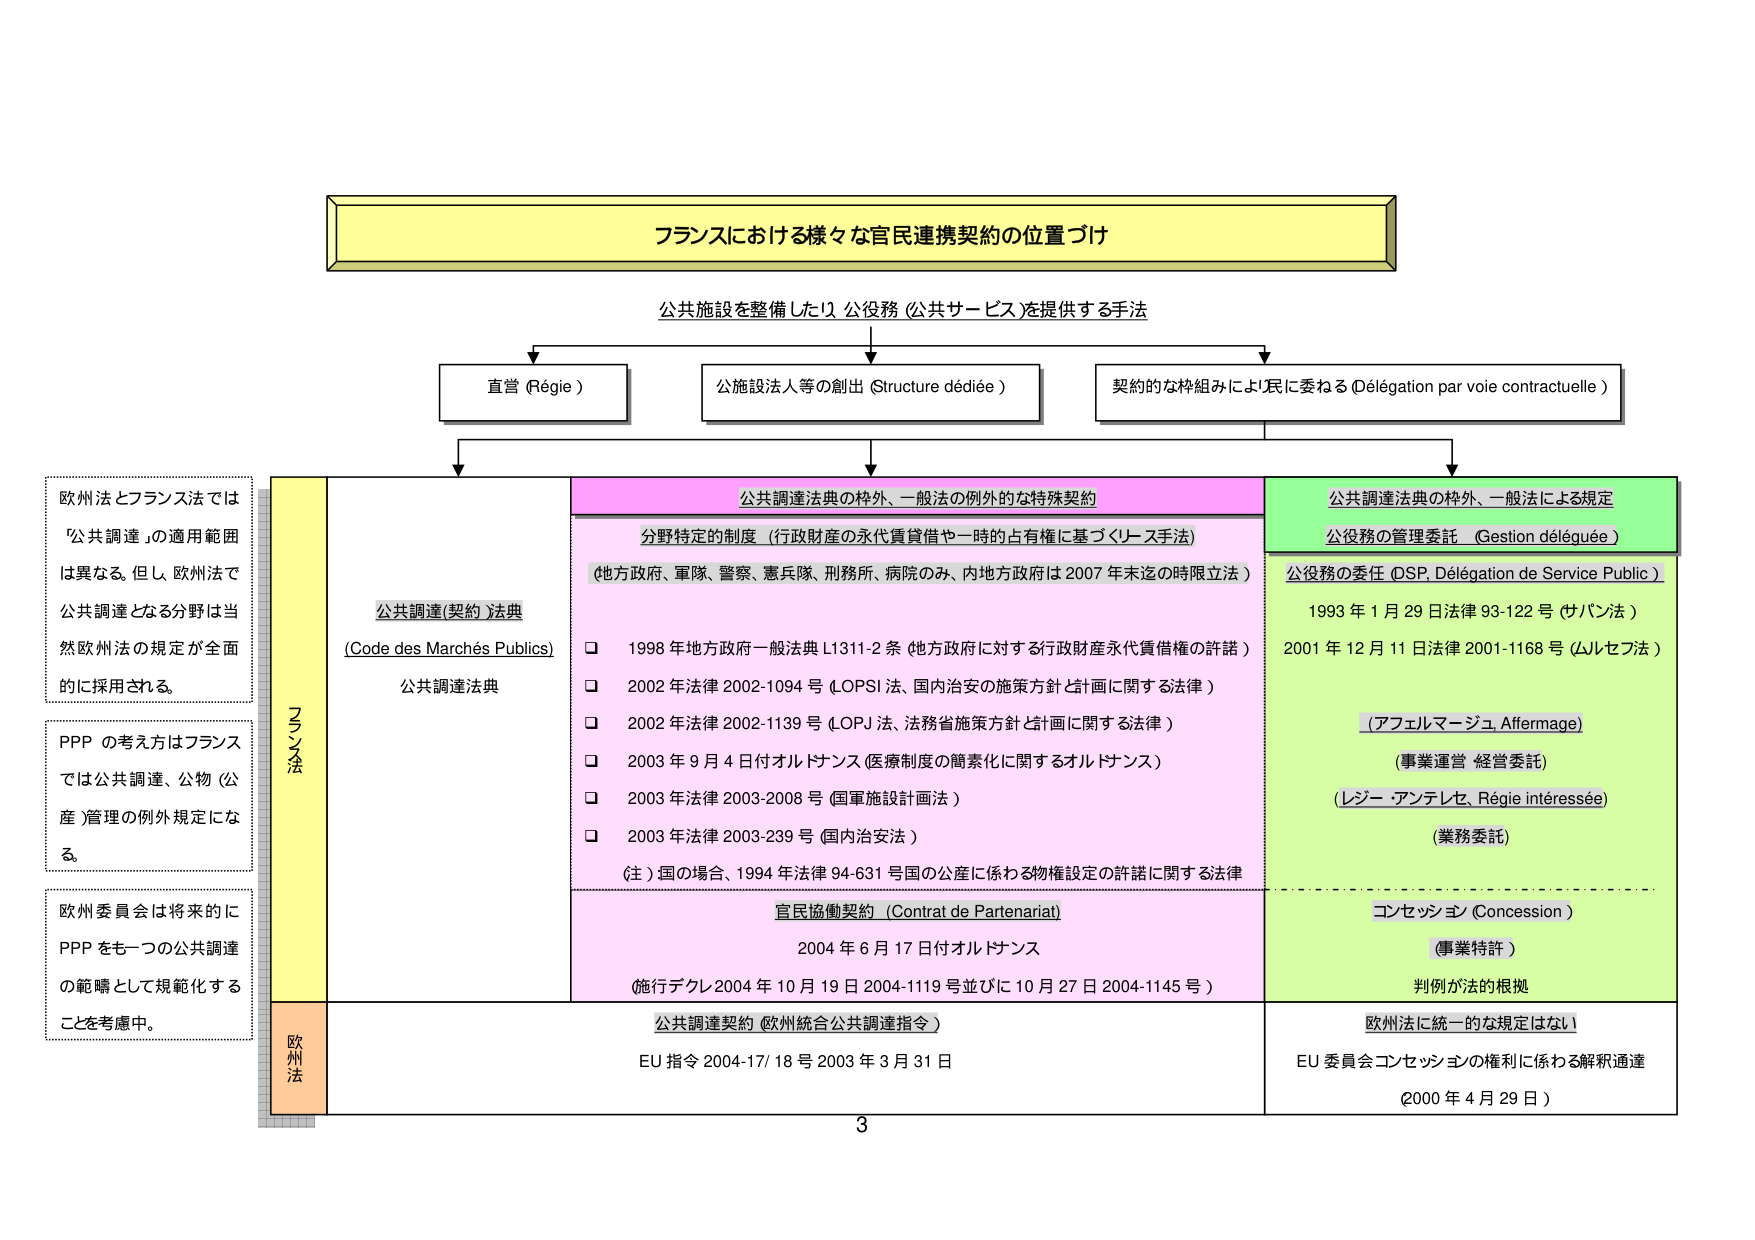
フランスにおける様々な官民連携契約の位置づけ

公共施設を整備したり 公役務 (公共サービス)を提供する手法

直営 (Régie)
公施設法人等の創出 (Structure dédiée)
契約的な枠組みにより民に委ねる (Délégation par voie contractuelle)

欧州法とフランス法では
「公共調達」の適用範囲
は異なる。但し、欧州法で
公共調達となる分野は当
然欧州法の規定が全面
的に採用される。

PPP の考え方はフランス
では公共調達、公物 (公
産)管理の例外規定にな
る。

欧州委員会は将来的に
PPP をも一つの公共調達
の範疇として規範化する
ことを考慮中。

フランス法

公共調達(契約)法典
(Code des Marchés Publics)
公共調達法典

公共調達法典の枠外、一般法の例外的な特殊契約

分野特定の制度 (行政財産の永代賃貸借や一時的占有権に基づくリース手法)
(地方政府、軍隊、警察、憲兵隊、刑務所、病院のみ、内地方政府は 2007 年末迄の時限立法)

□ 1998 年地方政府一般法典 L1311-2 条 (地方政府に対する行政財産永代賃借権の許諾)
□ 2002 年法律 2002-1094 号 (LOPSI 法、国内治安の施策方針と計画に関する法律)
□ 2002 年法律 2002-1139 号 (LOPJ 法、法務省施策方針と計画に関する法律)
□ 2003 年 9 月 4 日付オルドナンス (医療制度の簡素化に関するオルドナンス)
□ 2003 年法律 2003-2008 号 (国軍施設計画法)
□ 2003 年法律 2003-239 号 (国内治安法)

(注) 国の場合、1994 年法律 94-631 号国の公産に係わる物権設定の許諾に関する法律

官民協働契約 (Contrat de Partenariat)
2004 年 6 月 17 日付オルドナンス
(施行デクレ 2004 年 10 月 19 日 2004-1119 号並びに 10 月 27 日 2004-1145 号)

公共調達法典の枠外、一般法による規定

公役務の管理委託 (Gestion déléguée)
公役務の委任 (DSP, Délégation de Service Public)
1993 年 1 月 29 日法律 93-122 号 (サバン法)
2001 年 12 月 11 日法律 2001-1168 号 (ムルセフ法)

(アフェルマージュ, Aftermage)
(事業運営 経営委託)
(レジー・アンテレセ, Régie intéressée)
(業務委託)

コンセッション (Concession)
(事業特許)
判例が法的根拠

欧州法

公共調達契約 (欧州統合公共調達指令)
EU 指令 2004-17/18 号 2003 年 3 月 31 日

欧州法に統一的な規定はない
EU 委員会 コンセッションの権利に係わる解釈通達
(2000 年 4 月 29 日)

3